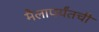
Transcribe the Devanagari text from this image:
मैलापर्यंतची